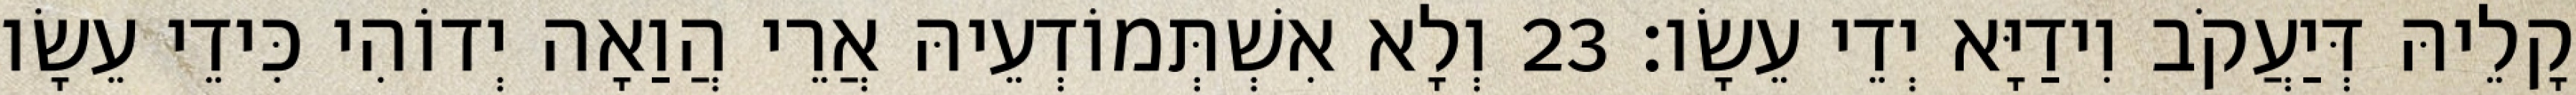
קָלֵיהּ דְּיַעֲקֹב וִידַיָּא יְדֵי עֵשָׂו׃ 23 וְלָא אִשְׁתְּמוֹדְעֵיהּ אֲרֵי הֲוַאָה יְדוֹהִי כִּידֵי עֵשָׂו